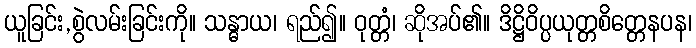
ယူခြင်း,စွဲလမ်းခြင်းကို။ သန္ဓာယ၊ ရည်၍။ ဝုတ္တံ၊ ဆိုအပ်၏။ ဒိဋ္ဌိဝိပ္ပယုတ္တစိတ္တေနပန၊